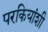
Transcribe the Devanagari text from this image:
परकियांशी